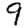
Digit: 9